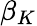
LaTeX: \beta_{K}